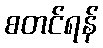
စတင်ရန်